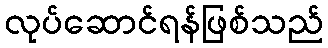
လုပ်ဆောင်ရန်ဖြစ်သည်